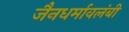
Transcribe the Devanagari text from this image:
जैनधर्मावलंबी